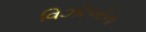
વિઝીઓના